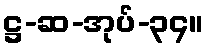
ဋ္ဌ-ဆ-အုပ်-၃၄။